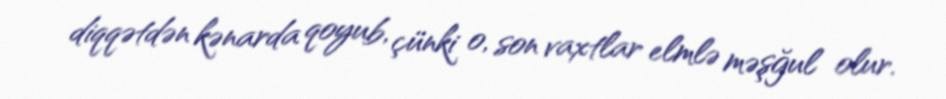
diqqətdən kənarda qoyub, çünki o, son vaxtlar elmlə məşğul olur.